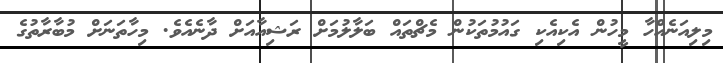
މިލިއަނެއްހާ މީހުން އެކިއެކި ގައުމުތަކުން މެޗްތައް ބަލާލުމަށް ރަޝިއާއަށް ދާނެއެވެ. މިހާތަނަށް މުބާރާތުގެ